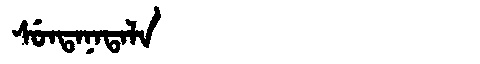
Manchu: ᠰᡠᠨᡨᠠᠨᠠᡨᠠᠯᠠ
Romanization: SUNTANATALA